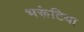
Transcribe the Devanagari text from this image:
भरूंटिया